Papers set at the Examination for Leaving Certificates, 1891
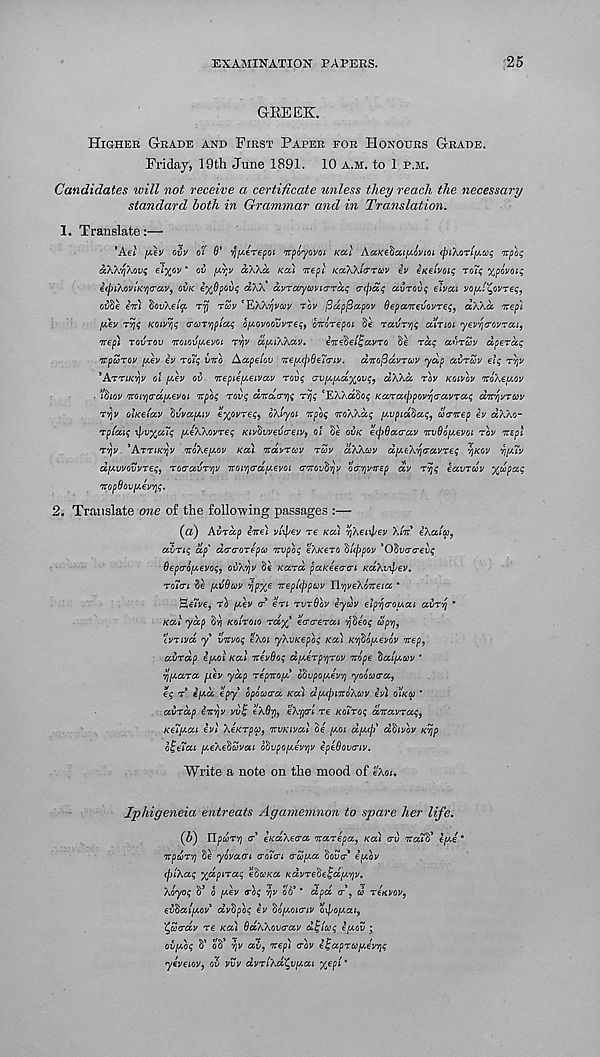
EXAMINATION PAPERS.
25
GREEK.
HIGHER GRADE AND FIRST PAPER FOR HONOURS GRADE.
Friday, 19th June 1891. 10 A.M. to 1 P.M.
Candidates will not receive a certificate unless they reach the necessary
standard both in Grammar and in Translation.
1. Translate:—
*Aet //.ev ovv tt'l 6' ^/xerepoi itpoyovoi Kal KaKebcci^ovioi (piXori^cog irpog
aWyXovg et%cv * ov
aXka KCU wept KotXklcrTCcv iv eKeivoig roTg xpwo i $
i(pi\oviK , s)0'av, OVK i^Opovg dXX dvrarycoviarccg <T(pdg ccvrovg elvou voyi^ovreq,
ovbe in) tiovXelp rrj rZv
TQV ficcppapov depanevovreq, aXXa nep)
yev Trig KOivrig (rcorvjpiag oyovooiivreg, onorepoi St 1 ravT^g cutm 'yev^crovrat,
nep) TOVTOV noiovyevoi rvjv ayiKkav.
in^d^avro Se rag avrcov dperaq
npurov yev iv roig vno Aapeiov neycpOeTcriv. dnofidvrcov yap aiirSv eig rvjv
’Arrtfcyjv ol yev oi> nepieyeivav rovg avyydxovg, dXkd rov KOIVOV noXeyov
• idiov noi’/jo-dyevoi npog rovg dnarrig rvjg ‘EXXaSo^ Karacppov/jcravraq dn'/jvrcov
ryjv otKeiav tivvayiv €%ovr€q 9 oXlyoi npog noXXdg yvpidbaq, oornep iv dXXo-
rptaig \pv%u7q yeXXovreq Kivtivveivaeivy of $e OVK ecpOarav nvSoyevot rov nEpl
ryv *ArriK'/jv noXeyov Ka) ndvrccv rSv aXXcov dyeXycravreg Y}KOV yyTv
dyvvovvreg, roravr’^v novria'dyevoi movdyv ocrvjvnEp dv rvjg iavroov %u>pag
nopdovyevrjg.
2. Translate one of the following passages :—
(a) Aiirdp ine) vnpev re Ka) yXenJ/ev Xin iXala,
avrig dp" dtrrorepco nvpog eXKero ^{(ppov ’Odvo-crevg
Oepcroyevog, ovXijv St Kara paKeeari KaXvTpev.
roln 3e yijQuv 'rjpx 6 nepicppav TY'^veXoneia *
Heivej TO yev cf en rvrOov iyuv elp'fjcroyai avrvj •
Kal yap
Koiroio rax' ecrcrerai ydeog upy,
tvrivd y vnvog eXoi yXvKepoq Ka) K’fioyevov nep,
avrdp iyol Kal nevOog dyerpyrov nope tatyuv *
yyara yev yap repnoy dSvpoyev'/j yoooxra,
eg r iyd epy opococra Ka) dycpmoXoov iv) OIKCO *
avrdp invjv vvt, eXfy, eXrpi re KoTroq dnavrag,
KeTyai ivl XeKrpu, nvKival St yoi dycf) dfSivov Kvjp
olgeiai yeXe'buvai odvpoyev'/jv ipeOovriv.
Write a note on the mood of eXou
Iphigeneia entreats Agamemnon to spare her life.
(b) YlpurY) r eKaXera narepa, Ka) crv na7tf eye 9
npur’fj Se yovacn <ro7<Ti <ruya Soucr* iyov
cj)lXag x&piTag edaKa Kdvredeldyyv.
Xoyog
o yev trbg yv oS* * dpd <r, co renvov,
evtialyov' dvfipbg iv doyoinv oxpoyat,
^Sa-dv re Ka) BdXXovrav dijicoq iyov ;
ovybg S' oS* '/jv av, nep) <rbv i^aprccyevrjg
yeveiov, ov vvv dvrtxd^vyai %ep/*